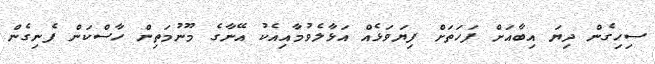
ސިހިގެން ދިޔަ އިބާއަށް ފަހަތަށް ފިޔަވަޅެއް އަޅާލެވުމާއިއެކު އޭނާގެ މޫނުމަތިން ހާސްކަން ފެނިގެން